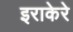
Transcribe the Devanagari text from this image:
इराकेरे